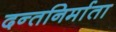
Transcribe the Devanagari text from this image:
दन्तनिर्माता